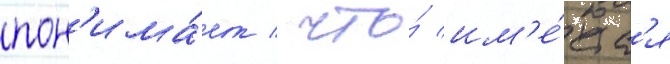
пон'има́ет / что́ им'е́етс'я